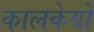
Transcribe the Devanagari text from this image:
कालकेयों